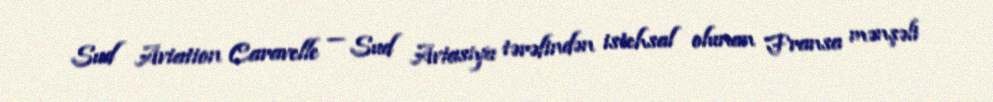
Sud Aviation Caravelle — Sud Aviasiya tərəfindən istehsal olunan Fransa mənşəli